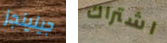
جينينجز اشتراك